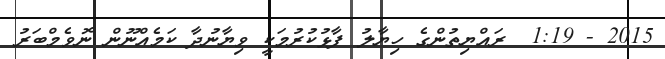
2015 - 1:19  ރައްޔިތުންގެ ހިޔާލު ފާޅުކުރުމަކީ ވިޔާނުދާ ކަމެއްނޫން ނޮވެމްބަރު